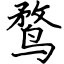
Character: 鹜